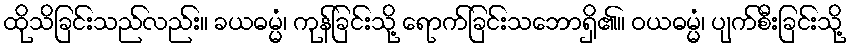
ထိုသိခြင်းသည်လည်း။ ခယဓမ္မံ၊ ကုန်ခြင်းသို့ ရောက်ခြင်းသဘောရှိ၏။ ဝယဓမ္မံ၊ ပျက်စီးခြင်းသို့